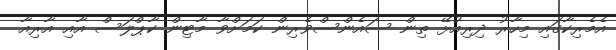
އެމެރިކާގައި މިހާރު ދިރިއުޅޭ ތިން ސައެންސްވެރިން ކަމަށްވާ މާޓިން ކާޕްލަސް އާއި އާރިއާ